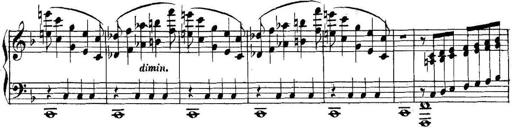
Title: Collected Piano Sonatas
Composer: Muzio Clementi